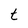
Character: t